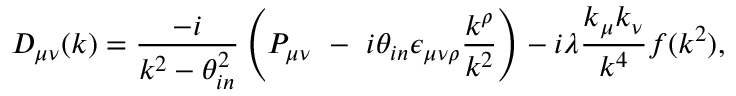
D _ { \mu \nu } ( k ) = \frac { - i } { k ^ { 2 } - \theta _ { i n } ^ { 2 } } \left( P _ { \mu \nu } \, \, - \, \, i \theta _ { i n } \epsilon _ { \mu \nu \rho } \frac { k ^ { \rho } } { k ^ { 2 } } \right) - i \lambda \frac { k _ { \mu } k _ { \nu } } { k ^ { 4 } } f ( k ^ { 2 } ) ,